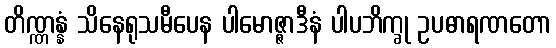
တိဏ္ဏန္နံ သိနေရုသမီပေန ပါမောဇ္ဇာဒီနံ ပါပဘိက္ခု ဥပဓာရဏတော